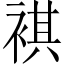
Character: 褀